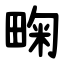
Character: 㽤